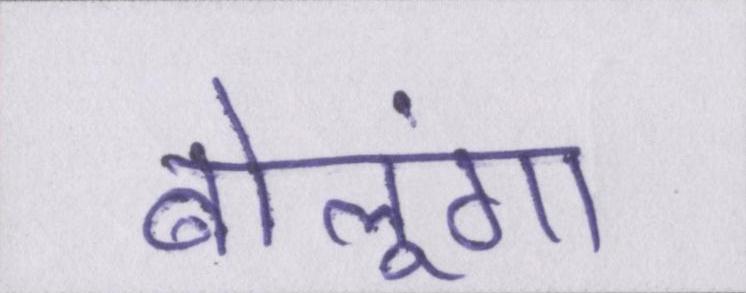
बोलूंगा